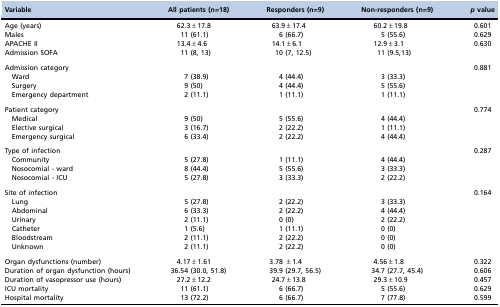
<table><thead><tr><td><b>Variable</b></td><td><b>All patients (n=18)</b></td><td><b>Responders (n=9)</b></td><td><b>Non-responders (n=9)</b></td><td><b><i>p</i> value</b></td></tr></thead><tbody><tr><td>Age (years)</td><td>62.3±17.8</td><td>63.9±17.4</td><td>60.2±19.8</td><td>0.601</td></tr><tr><td>Males</td><td>11 (61.1)</td><td>6 (66.7)</td><td>5 (55.6)</td><td>0.629</td></tr><tr><td>APACHE II</td><td>13.4±4.6</td><td>14.1±6.1</td><td>12.9±3.1</td><td>0.630</td></tr><tr><td>Admission SOFA</td><td>11 (8, 13)</td><td>10 (7, 12.5)</td><td>11 (9.5,13)</td><td></td></tr><tr><td>Admission category</td><td></td><td></td><td></td><td>0.881</td></tr><tr><td> Ward</td><td>7 (38.9)</td><td>4 (44.4)</td><td>3 (33.3)</td><td></td></tr><tr><td> Surgery</td><td>9 (50)</td><td>4 (44.4)</td><td>5 (55.6)</td><td></td></tr><tr><td> Emergency department</td><td>2 (11.1)</td><td>1 (11.1)</td><td>1 (11.1)</td><td></td></tr><tr><td>Patient category</td><td></td><td></td><td></td><td>0.774</td></tr><tr><td> Medical</td><td>9 (50)</td><td>5 (55.6)</td><td>4 (44.4)</td><td></td></tr><tr><td> Elective surgical</td><td>3 (16.7)</td><td>2 (22.2)</td><td>1 (11.1)</td><td></td></tr><tr><td> Emergency surgical</td><td>6 (33.4)</td><td>2 (22.2)</td><td>4 (44.4)</td><td></td></tr><tr><td>Type of infection</td><td></td><td></td><td></td><td>0.287</td></tr><tr><td> Community</td><td>5 (27.8)</td><td>1 (11.1)</td><td>4 (44.4)</td><td></td></tr><tr><td> Nosocomial - ward</td><td>8 (44.4)</td><td>5 (55.6)</td><td>3 (33.3)</td><td></td></tr><tr><td> Nosocomial - ICU</td><td>5 (27.8)</td><td>3 (33.3)</td><td>2 (22.2)</td><td></td></tr><tr><td>Site of infection</td><td></td><td></td><td></td><td>0.164</td></tr><tr><td> Lung</td><td>5 (27.8)</td><td>2 (22.2)</td><td>3 (33.3)</td><td></td></tr><tr><td> Abdominal</td><td>6 (33.3)</td><td>2 (22.2)</td><td>4 (44.4)</td><td></td></tr><tr><td> Urinary</td><td>2 (11.1)</td><td>0 (0)</td><td>2 (22.2)</td><td></td></tr><tr><td> Catheter</td><td>1 (5.6)</td><td>1 (11.1)</td><td>0 (0)</td><td></td></tr><tr><td> Bloodstream</td><td>2 (11.1)</td><td>2 (22.2)</td><td>0 (0)</td><td></td></tr><tr><td> Unknown</td><td>2 (11.1)</td><td>2 (22.2)</td><td>0 (0)</td><td></td></tr><tr><td>Organ dysfunctions (number)</td><td>4.17±1.61</td><td>3.78 ±1.4</td><td>4.56±1.8</td><td>0.322</td></tr><tr><td>Duration of organ dysfunction (hours)</td><td>36.54 (30.0, 51.8)</td><td>39.9 (29.7, 56.5)</td><td>34.7 (27.7, 45.4)</td><td>0.606</td></tr><tr><td>Duration of vasopressor use (hours)</td><td>27.2±12.2</td><td>24.7±13.8</td><td>29.3±10.9</td><td>0.457</td></tr><tr><td>ICU mortality</td><td>11 (61.1)</td><td>6 (66.7)</td><td>5 (55.6)</td><td>0.629</td></tr><tr><td>Hospital mortality</td><td>13 (72.2)</td><td>6 (66.7)</td><td>7 (77.8)</td><td>0.599</td></tr></tbody></table>